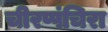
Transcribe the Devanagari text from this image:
चीरप्पंचिरा